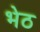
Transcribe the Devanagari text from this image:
भेठ